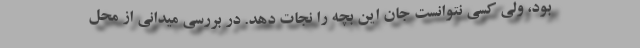
بود، ولی کسی نتوانست جان این بچه را نجات دهد. در بررسی میدانی از محل